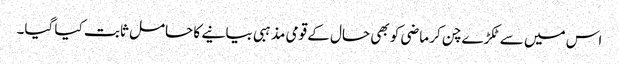
اس میں سے ٹکڑے چن کر ماضی کو بھی حال کے قومی مذہبی بیانیے کا حامل ثابت کیا گیا۔